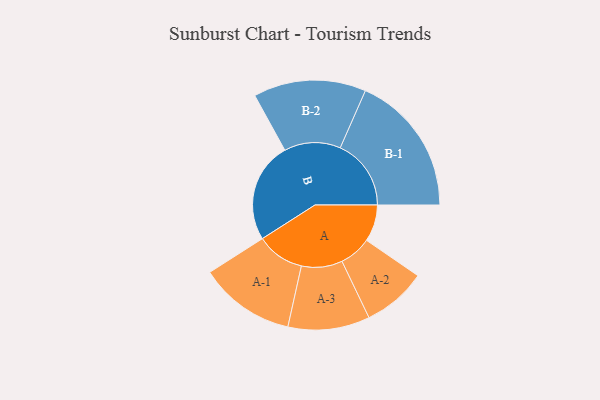
{"axis": {"x": "Segment", "y": "Value"}, "legend": ["", "A", "B"], "data": [{"x": "A", "y": 129, "type": ""}, {"x": "B", "y": 351, "type": ""}, {"x": "A-1", "y": 168, "type": "A"}, {"x": "A-2", "y": 112, "type": "A"}, {"x": "A-3", "y": 143, "type": "A"}, {"x": "B-1", "y": 248, "type": "B"}, {"x": "B-2", "y": 197, "type": "B"}]}